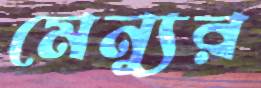
মেন্যুর